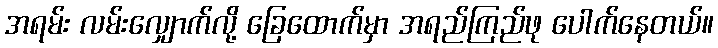
အရမ်း လမ်းလျှောက်လို့ ခြေထောက်မှာ အရည်ကြည်ဖု ပေါက်နေတယ်။